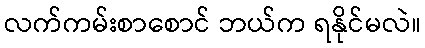
လက်ကမ်းစာစောင် ဘယ်က ရနိုင်မလဲ။